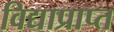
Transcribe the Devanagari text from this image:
विद्याप्राप्त